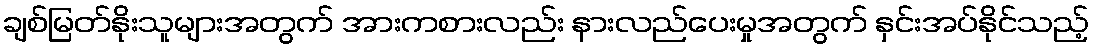
ချစ်မြတ်နိုးသူများအတွက် အားကစားလည်း နားလည်ပေးမှုအတွက် နှင်းအပ်နိုင်သည့်